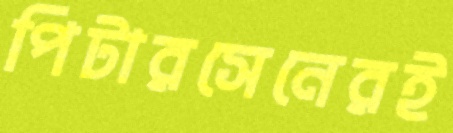
পিটারসেনেরই